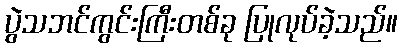
ပွဲသဘင်ကွင်းကြီးတစ်ခု ပြုလုပ်ခဲ့သည်။